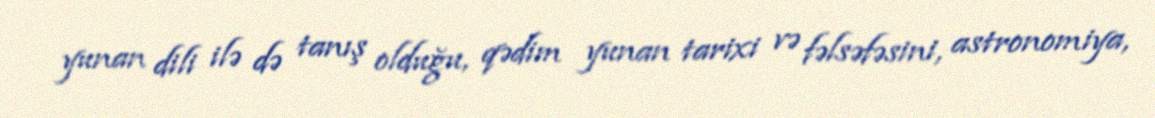
yunan dili ilə də tanış olduğu, qədim yunan tarixi və fəlsəfəsini, astronomiya,